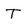
Character: T